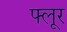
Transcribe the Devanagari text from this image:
फ्लूर